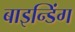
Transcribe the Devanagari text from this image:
बाइन्डिंग